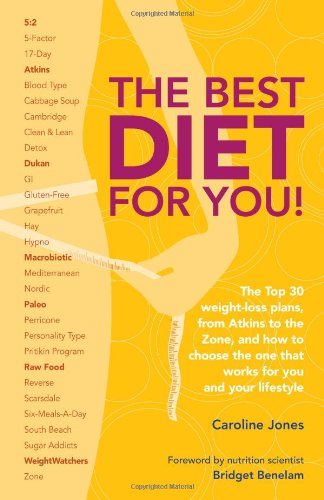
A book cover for The Best Diet for You!: The Top 30 Weight-Loss Plans, from Atkins to the Zone, and How to Choose the One That Works for You and Your Lifestyle; Caroline Jones; Health, Fitness & Dieting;